system: You are a helpful assistant.
user:
Analyze the provided spectrum to determine if it is a **Carbon Star (C-type)**.

- **Key Visual Indicators of Carbon Star:**
    - **(Primary):** Strong molecular absorption from **C₂ (diatomic carbon) "Swan Bands."** This is the **defining feature** of a carbon star.
        - **(Key Bandheads):** Sharp absorption edges are visible at approximately $5635$ Å, $5165$ Å (the strongest band), and $4737$ Å.
        - **(Line Profile):** Creates a distinct **"saw-tooth"** pattern. The key morphology is a sharp, steep bandhead on the **red (long-wavelength) side**, which then gradually tapers off (i.e., flux recovers) towards the **blue (short-wavelength) side**. *(This is the direct opposite of the TiO bands seen in M-type stars)*.

    - **(Secondary):** Intense **CN (cyanogen)** molecular absorption bands.
        - **(Key Bandheads):** Located in the blue and violet regions of the spectrum (e.g., near $4215$ Å and $3883$ Å).
        - **(Morphology):** These bands are extremely broad and act as a "blanket," absorbing the vast majority of blue and violet light. This creates a characteristic **"cliff"** or **"steep drop-off"** in the spectrum's flux at short wavelengths.

    - **(Key Confirmation):** Strong **CH absorption band (G-band)**.
        - **(Key Bandhead):** Located around $4300$ Å. The contribution from CH molecules to this band is exceptionally strong.

    - **(Overall Spectrum):**
        - The continuum is severely "chopped up" by these deep molecular bands, especially C₂, rather than appearing as a smooth curve.
        - Due to the heavy CN and C₂ absorption in the blue-green, the vast majority of the star's flux is concentrated in the red part of the spectrum, giving the star its characteristic deep red color.

Think first, call **spectral_visualization_tool** if needed to examine features in detail, then provide your final answer. Your response must adhere to the following strict rules:
1.  **Overall Structure:** Your response must follow the format `<think>...</think> <tool_call>...</tool_call> (if a tool is used) <answer>...</answer>`.
2.  **Tool Usage Constraint:** You may only make **one** tool call per turn.
3.  **Final Answer Format:** In the `<answer>` tag, your conclusion must be inside a `\boxed{}` command (e.g., `\boxed{YES}`), followed by your justification.

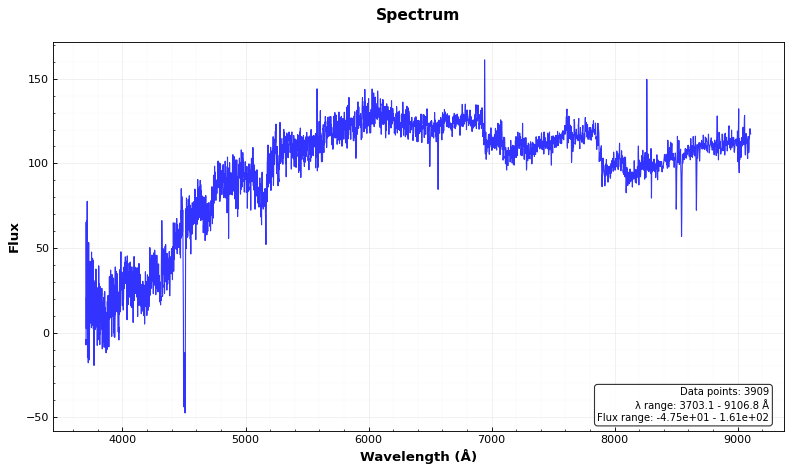
Answer: YES